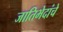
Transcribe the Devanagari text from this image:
जातिभेदांचे